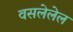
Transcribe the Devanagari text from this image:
वसलेलेल